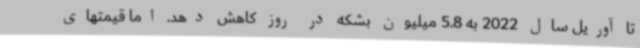
تا آوریل سال 2022 به 5.8 میلیون بشکه در روز کاهش دهد. اما قیمتهای